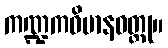
ကဏ္ဍကဝိမာနဝတ္ထု။